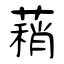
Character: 蕱